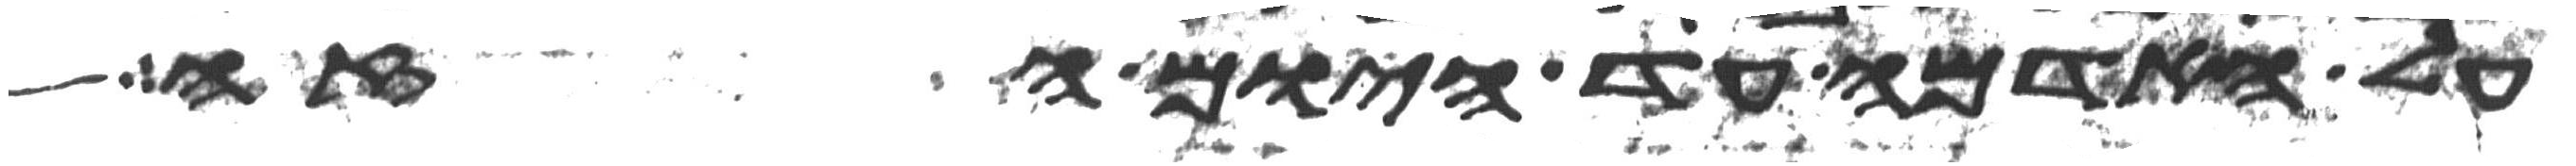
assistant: על האדמה עד היום הזה